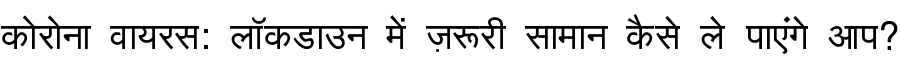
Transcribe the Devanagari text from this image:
कोरोना वायरस: लॉकडाउन में ज़रूरी सामान कैसे ले पाएंगे आप?